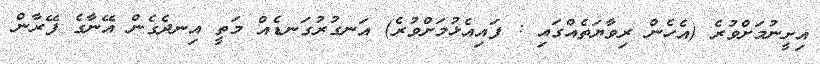
އިށީނުމަށްވުރެ (އެހެން ރިވާޔަތެއްގައި : ފައިއެޅުމަށްވުރެ) އަނގުރުގަނޑެއް މަތީ އިނދެގެން އޭނާގެ ފޭރާން